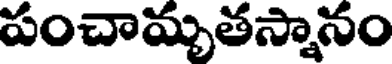
పంచామృతస్నానం